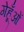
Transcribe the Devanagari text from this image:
गेहूँओं